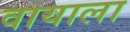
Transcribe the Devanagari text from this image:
वायाला